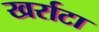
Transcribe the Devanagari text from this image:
खर्राटा